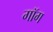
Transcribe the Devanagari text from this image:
गॉग